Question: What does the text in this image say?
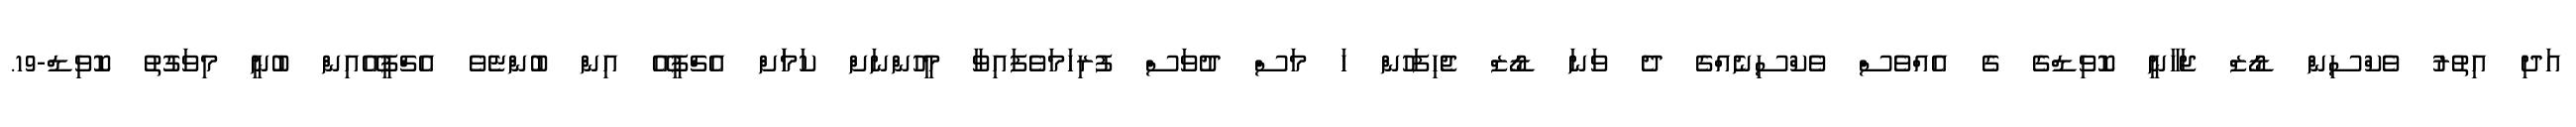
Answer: އަދި އިތުރު ވެކްސިން ޑޯޒް ޖަހާނީ ކޮވިޑްގެ ގެ އެއްވެސް ވެކްސިނެއްގެ ދެ ވަނަ ޑޯޒް ޖެހިފަހުން ހަ މަސް ދުވަސް ފުރިހަމަވެފައިވާ މީހުންނަށް ކަމަަށް އެޗްޕީއޭ އިން ބުންޏެވެ އެޗްޕީއޭއިން ބުނީ މިވަގުތު ކޮވިޑް-19.